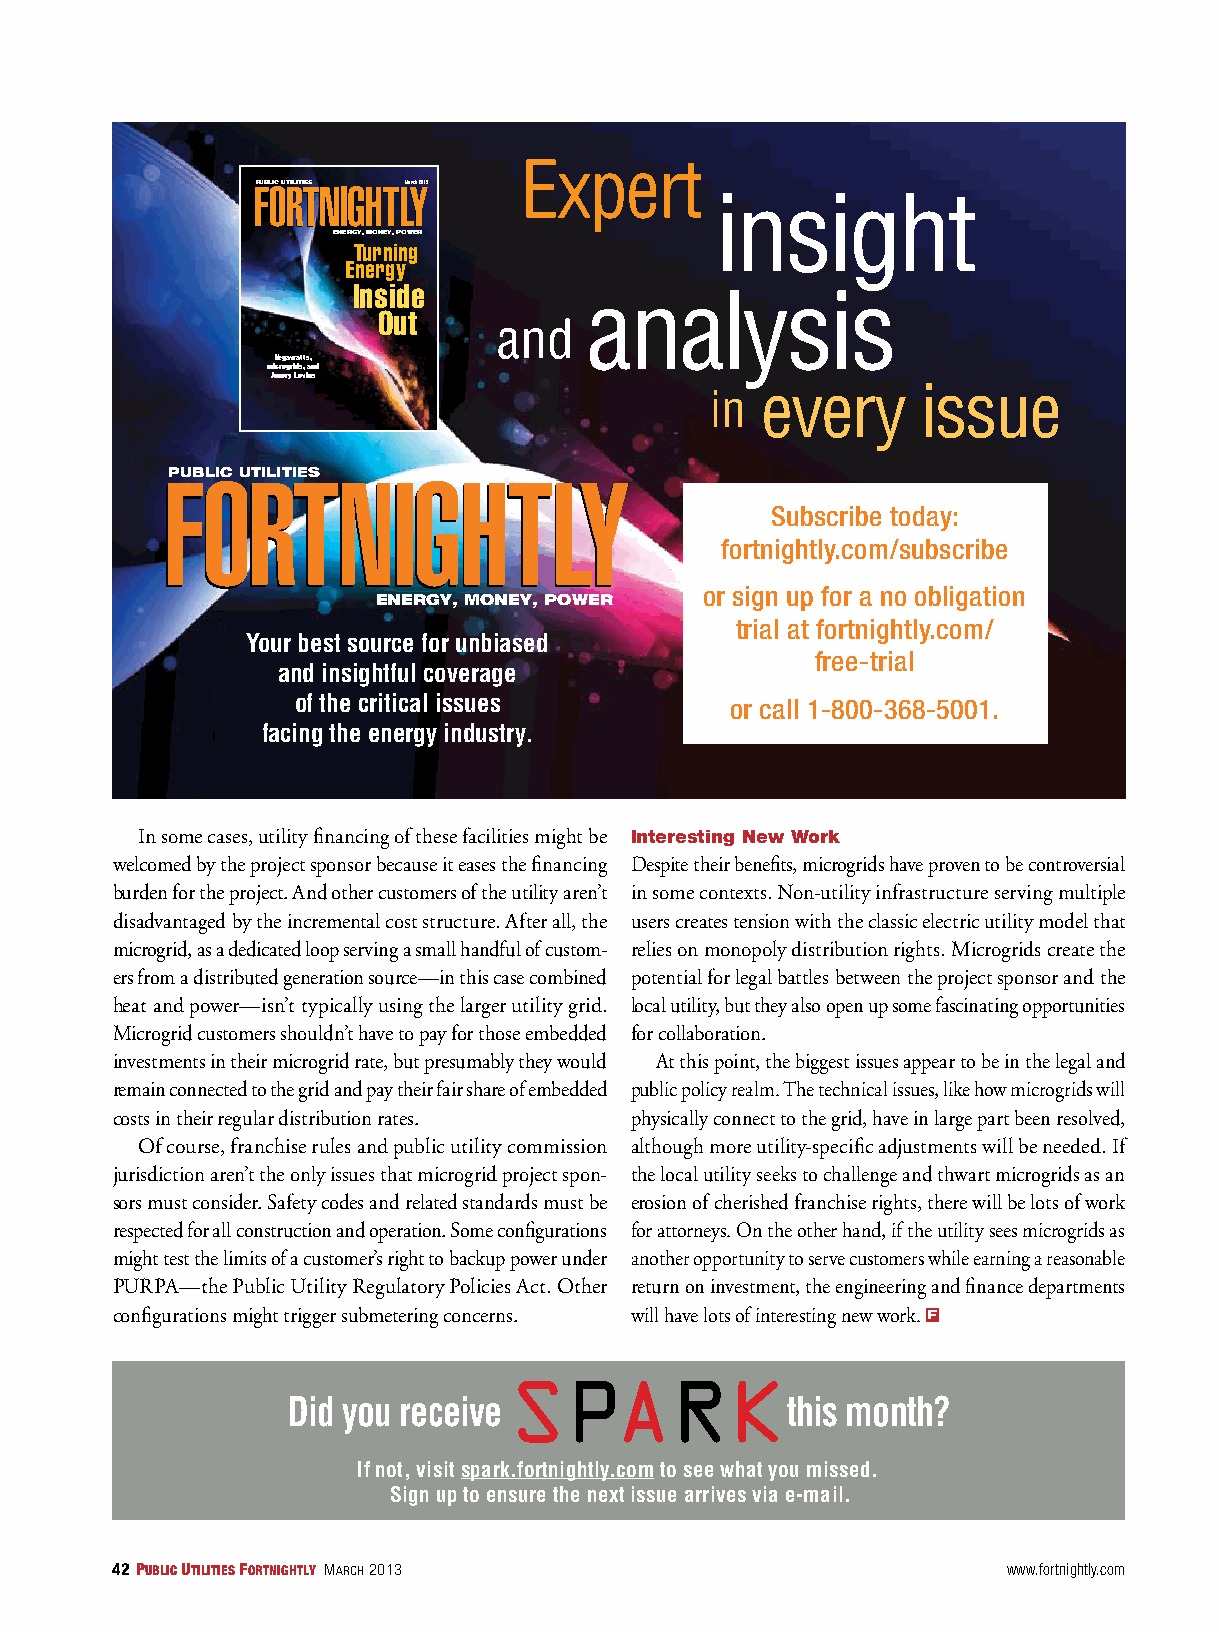
Expert
 F FPUBOOLIC URRTILITTITESNNIIGGHHTTLLMaYYrch 2013 insight
 ENERGY, MONEY, POWER
 Turning
 Energy
 Inside          analysis
 Out
 and
 Negawatts,
 microgrids, and
 Amory Lovins
 every      issue
 in
 PUBLIC UTILITIES
 F FOORRTTNNIIGGHHTTLLYY
 Subscribe today:
 fortnightly.com/subscribe
 or sign up for a no obligation
 ENERGY, MONEY, POWER
 trial at fortnightly.com/
 Your best source for unbiased
 free-trial
 and insightful coverage
 of the critical issues       or call 1-800-368-5001.
 facing the energy industry.
 In some cases, utility financing of these facilities might be Interesting New Work
 welcomed by the project sponsor because it eases the financing Despite their benefits, microgrids have proven to be controversial
 burden for the project. And other customers of the utility aren’t in some contexts. Non-utility infrastructure serving multiple
 disadvantaged by the incremental cost structure. After all, the users creates tension with the classic electric utility model that
 microgrid, as a dedicated loop serving a small handful of custom- relies on monopoly distribution rights. Microgrids create the
 ers from a distributed generation source—in this case combined potential for legal battles between the project sponsor and the
 heat and power—isn’t typically using the larger utility grid. local utility, but they also open up some fascinating opportunities
 Microgrid customers shouldn’t have to pay for those embedded for collaboration.
 investments in their microgrid rate, but presumably they would At this point, the biggest issues appear to be in the legal and
 remain connected to the grid and pay their fair share of embedded public policy realm. The technical issues, like how microgrids will
 costs in their regular distribution rates. physically connect to the grid, have in large part been resolved,
 Of course, franchise rules and public utility commission although more utility-specific adjustments will be needed. If
 jurisdiction aren’t the only issues that microgrid project spon- the local utility seeks to challenge and thwart microgrids as an
 sors must consider. Safety codes and related standards must be erosion of cherished franchise rights, there will be lots of work
 respected for all construction and operation. Some configurations for attorneys. On the other hand, if the utility sees microgrids as
 might test the limits of a customer’s right to backup power under another opportunity to serve customers while earning a reasonable
 PURPA—the Public Utility Regulatory Policies Act. Other return on investment, the engineering and finance departments
 configurations might trigger submetering concerns. will have lots of interesting new work. F
 SPARK
 Did you receive                  this month?
 If not, visit spark.fortnightly.com to see what you missed.
 Sign up to ensure the next issue arrives via e-mail.
 42 Public utilities Fortnightly March 2013                  www.fortnightly.com